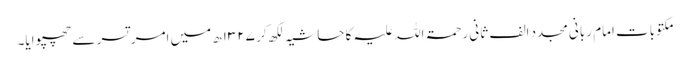
مکتوبات امام ربانی مجدد الف ثانی رحمۃ اللہ علیہ کا حاشیہ لکھ کر ۱۳۲۷ھ میں امر تسر سے چھپوایا۔